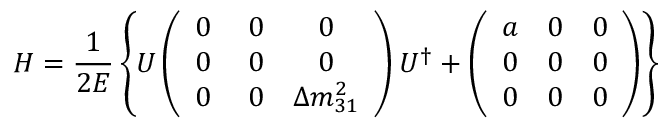
H = \frac { 1 } { 2 E } \left\{ U \left( \begin{array} { c c c } { { 0 } } & { { \; 0 } } & { { 0 } } \\ { { 0 } } & { { \; 0 } } & { { 0 } } \\ { { 0 } } & { { \; 0 } } & { { \Delta m _ { 3 1 } ^ { 2 } } } \end{array} \right) U ^ { \dagger } + \left( \begin{array} { c c c } { { a } } & { { 0 } } & { { 0 } } \\ { { 0 } } & { { 0 } } & { { 0 } } \\ { { 0 } } & { { 0 } } & { { 0 } } \end{array} \right) \right\}